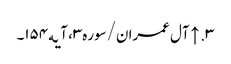
۳. ↑ آل عمران/سوره۳، آیه۱۵۴۔